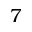
\mathord 7